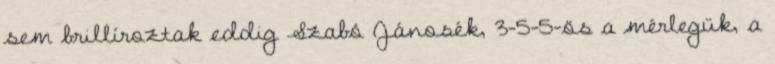
sem brillíroztak eddig Szabó Jánosék, 3-5-5-ös a mérlegük, a